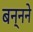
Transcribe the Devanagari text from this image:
बन्नने